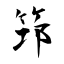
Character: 筇